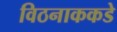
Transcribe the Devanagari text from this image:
विठनाककडे